Development of the parasite of Indian kala azar - Number 53
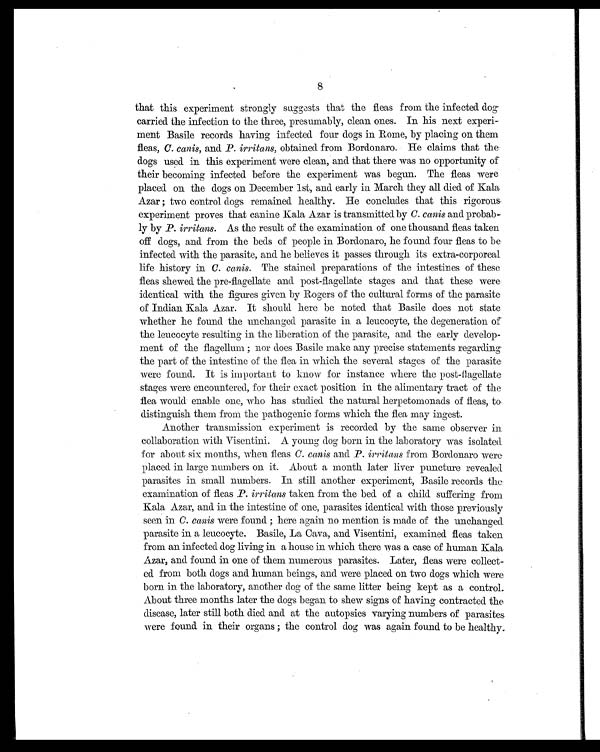
8
that this experiment strongly suggests that the fleas from the infected dog
carried the infection to the three, presumably, clean ones. In his next experi-
ment Basile records having infected four dogs in Rome, by placing on them
fleas, C. canis, and P. irritans, obtained from Bordonaro. He claims that the
dogs used in this experiment were clean, and that there was no opportunity of
their becoming infected before the experiment was begun. The fleas were
placed on the dogs on December 1st, and early in March they all died of Kala
Azar ; two control dogs remained healthy. He concludes that this rigorous.
experiment proves that canine Kala Azar is transmitted by C. canis and probab
-ly by P. irritans. As the result of the examination of one thousand fleas taken
off dogs, and from the beds of people in Bordonaro, he found four fleas to be
infected with the parasite, and he believes it passes through its extra-corporeal
life history in C. canis. The stained preparations of the intestines of these
fleas shewed the pre-flagellate and post-flagellate stages and that these were
identical with the figures given by Rogers of the cultural forms of the parasite
of Indian Kala Azar. It should here be noted that Basile does not state
whether he found the unchanged parasite in a leucocyte, the degeneration of
the leucocyte resulting in the liberation of the parasite, and the early develop-
ment of the flagellum ; nor does Basile make any precise statements regarding
the part of the intestine of the flea in which the several stages of the parasite
were found. It is important to know for instance where the post-flagellate
stages were encountered, for their exact position in the alimentary tract of the
flea would enable one, who has studied the natural herpetomonads of fleas, to
distinguish them from the pathogenic forms which the flea may ingest.
Another transmission experiment is recorded by the same observer in
collaboration with Visentini. A young dog born in the laboratory was isolated
for about six months, when fleas C. canis and P. irritans from Bordonaro were
placed in large numbers on it. About a month later liver puncture revealed
parasites in small numbers. In still another experiment, Basile records the
examination of fleas P. irritans taken from the bed of a child suffering from
Kala Azar, and in the intestine of one, parasites identical with those previously
seen in C. canis were found ; here again no mention is made of the unchanged.
parasite in a leucocyte. Basile, La Cava, and Visentini, examined fleas taken
from an infected dog living in a house in which there was a case of human Kala
Azar, and found in one of them numerous parasites. Later, fleas were collect-
ed from both dogs and human beings, and were placed on two dogs which were
born in the laboratory, another dog of the same litter being kept as a control.
About three months later the dogs began to shew signs of having contracted the
disease, later still both died and at the autopsies varying numbers of parasites
were found in their organs ; the control dog was again found to be healthy.